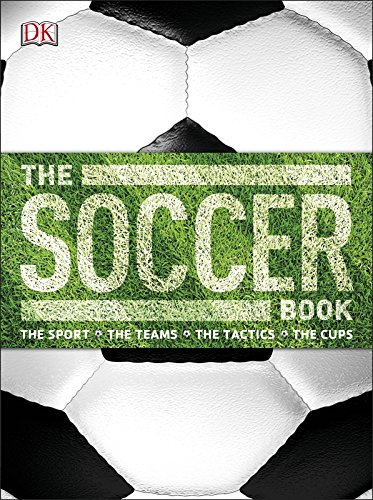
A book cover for The Soccer Book; DK Publishing; Sports & Outdoors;